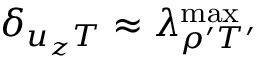
\delta _ { { u _ { z } } T } \approx \lambda _ { \rho ^ { \prime } T ^ { \prime } } ^ { \mathrm { m a x } }